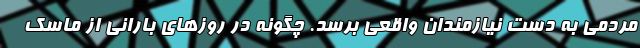
مردمی به دست نیازمندان واقعی برسد. چگونه در روزهای بارانی از ماسک